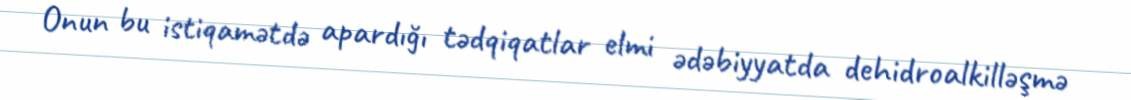
Onun bu istiqamətdə apardığı tədqiqatlar elmi ədəbiyyatda dehidroalkilləşmə